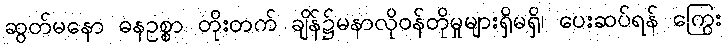
ဆွတ်မနော ဓနဥစ္စာ တိုးတက် ချိန်၌မနာလိုဝန်တိုမှုများရှိမရှိ၊ ပေးဆပ်ရန် ကြွေး